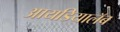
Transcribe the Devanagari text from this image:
आयडियालॅब